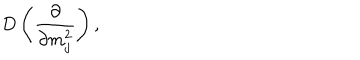
LaTeX: D \left( \frac { \partial } { \partial m _ { j } ^ { 2 } } \right) ,